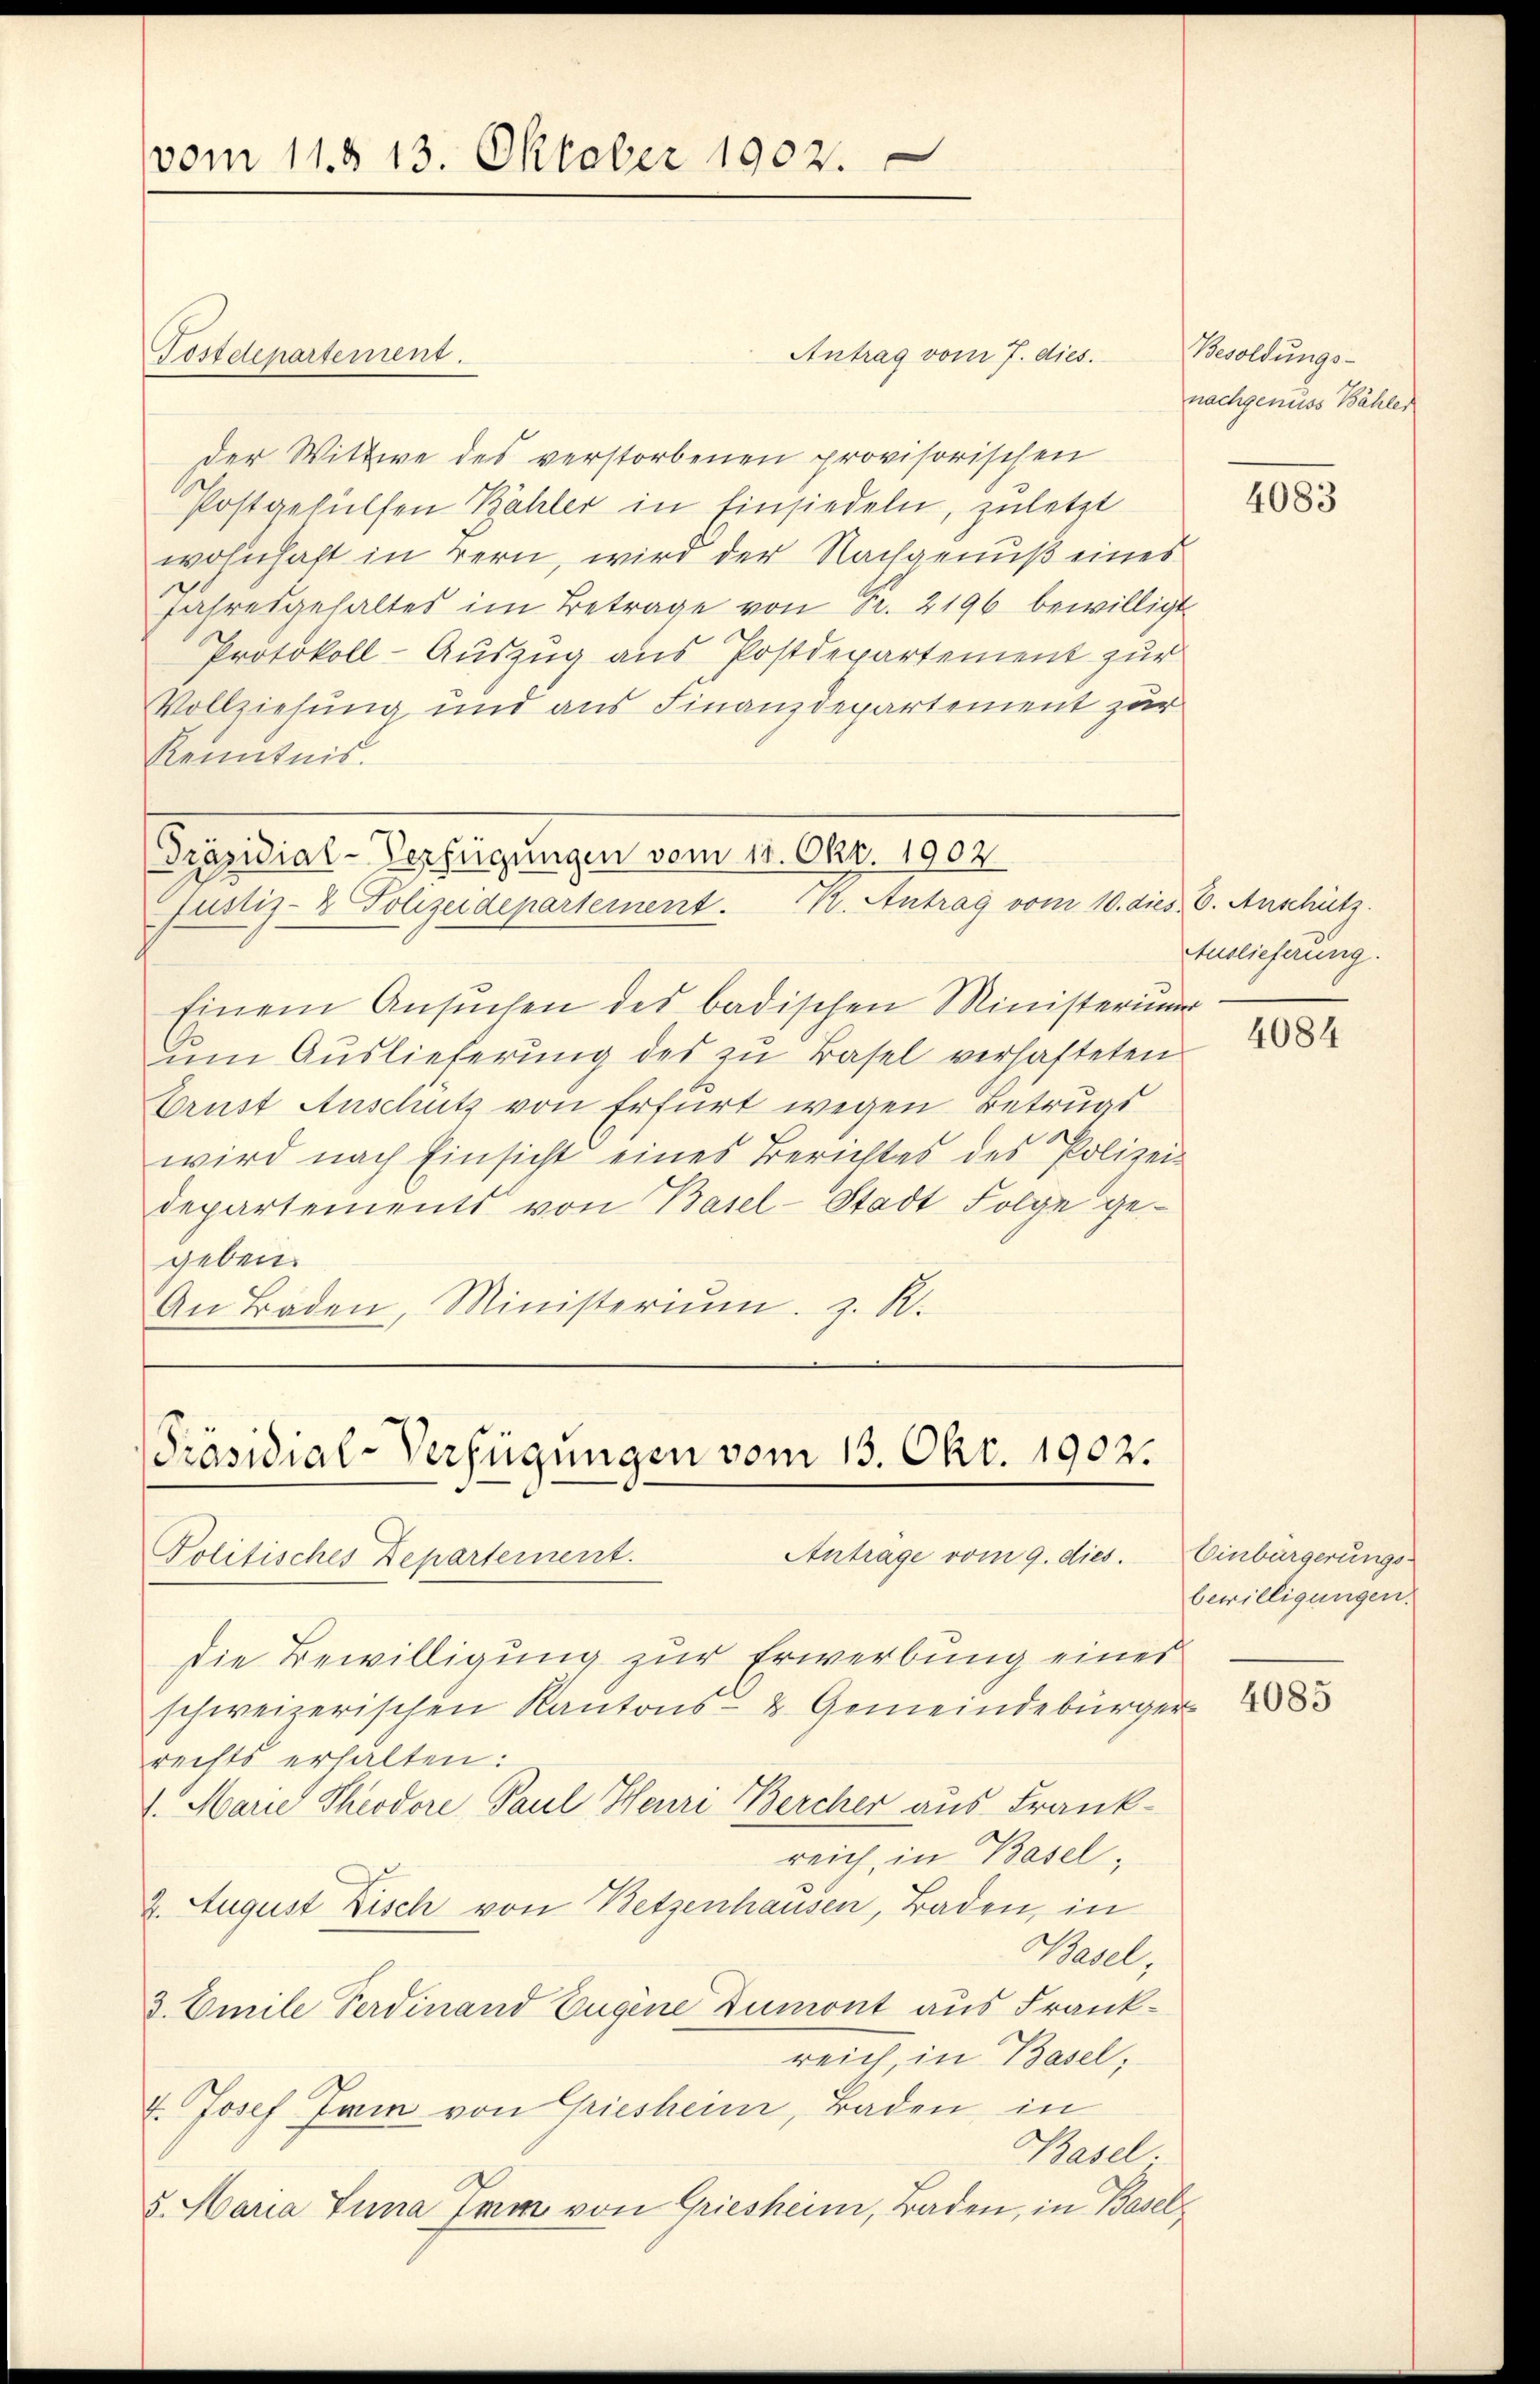
vom 11. § 13. Oktober 1902.

Antrag vom 7. dies.
der Wittwe des verstorbenen provisorischen
Postgehülfen Bähler in Einsiedeln, zuletzt
wohnhaft in Bern, wird der Nachgenuß eines
Jahresgehaltes im Betrage von Sr. 2196 bewilligt
Protokoll-Auszug aus Postdepartement zur
Vollziehung und aus Finanzdepartement zur
Kenntnis.

Postdepartement.

[Präsidial-Verfügungen vom 11. Okt. 1902.
Justiz- & Polizeidepartement. K. Antrag vom 10. dies

Einem Ansŭchen des badischen Ministerium
ŭm Aŭslieferŭng des zu Basel verhafteten
Brust Anschutz von Erfurt wegen Betrugs
wird nach Einsicht eines Berichtes des Polizei-
departements von Basel-Stadt Folge gegeben.
An Baden, Ministeriŭm z. R.

Präsidial-Verfügungen vom 13. Okt. 1902.
Antrage vom 9. dies.
Politisches Departement.

Die Bewilligung zur Erwerbung einer
schweizerischen Kantons- & Gemeindebürger
rechts erhalten:
1. Marie Theodore Paul Henri Bercher aus Frank-
reich, in Basel,
2. August Fisch von Betzenhausen, Baden, in
Basel,
3. Emile Ferdinand Eugene Dumont aus Frankreich, in Basel,
7. Josef Juin von Griesheim, Baden in
Basel
5. Maria Tuna Imm von Griesheim, Baden, in Basel¬

Besoldungs-
nachgenuss Bähler

4083

. 6. Auschütz.
Auslieferung.

4084

Einbürgerungsbewilligungen.
4085